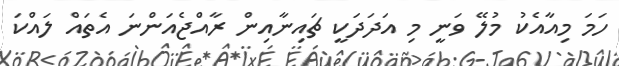
ހަމަ މިއާއެކު މުލޭ ވަނީ މި އަދަދަކީ ޗައިނާއިން ރާއްޖެއަންނަ އެތައް ލައްކަ